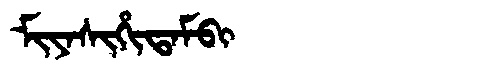
Manchu: ᠮᡳᠶᠠᠰᡳᡥᡳᡨᠠᠮᠪᡳ
Romanization: MIYASIHITAMBI